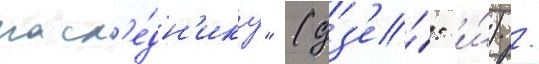
насл'е́дн'ику" (дз'е́: и́) /